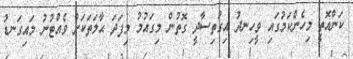
ކަންއޮތީ މިހެންކަމުގައި ވީހިނދު އިގުތިސާދީ ގޮތުން މިގައުމު މިފަދަ ޙާލަތަކަށް ވެއްޓުނު މައިގަނޑު